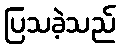
ပြသခဲ့သည်